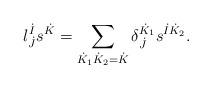
LaTeX: \begin{align*}l^{\dot{I}}_{\dot{J}} s^{\dot{K}} = \sum_{\dot{K}_1 \dot{K}_2 = \dot{K}} \delta^{\dot{K}_1}_{\dot{J}} s^{\dot{I} \dot{K}_2}.\end{align*}